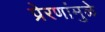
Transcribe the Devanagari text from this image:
प्रेरणांमुळे